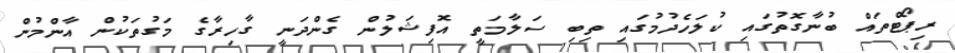
ރިޕޯޓްތައް ބުނާގޮތުގައި ކުލަހެދުމުގައި ތިބި ސަލާމަތީ އޮފިޝަލުން ގެންދަނީ ގާހިރާގެ މަގުތަކުން އާންމުން